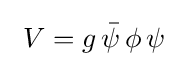
~V=g\,{\bar {\psi }}\,\phi \,\psi